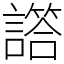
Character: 譗